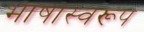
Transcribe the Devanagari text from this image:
भाषास्वरूप